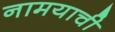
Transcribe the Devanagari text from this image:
नामयाची